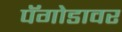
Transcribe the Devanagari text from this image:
पॅगोडावर